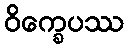
ဝိက္ခေပဿ